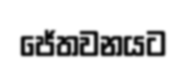
ජේතවනයට